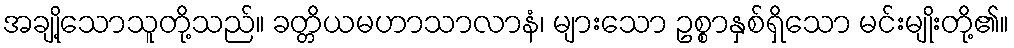
အချို့သောသူတို့သည်။ ခတ္တိယမဟာသာလာနံ၊ များသော ဥစ္စာနှစ်ရှိသော မင်းမျိုးတို့၏။